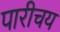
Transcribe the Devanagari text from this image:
पारीचय